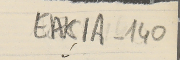
EAK1A-140